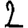
Digit: 2